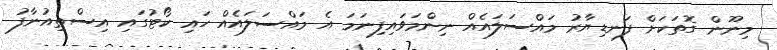
މިނޫން ގޮތަކަށް ފަނޑިޔާރު މައްސަލައެއް ނިންމަވައިފިނަމަ އެ މައްސަލައެއް ހައި ކޯޓުގައި އިސްތިއުނާފު